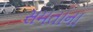
સમતાના